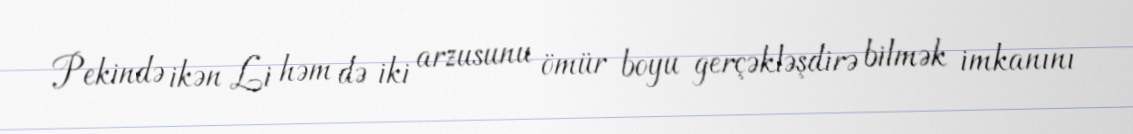
Pekində ikən Li həm də iki arzusunu ömür boyu gerçəkləşdirə bilmək imkanını